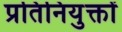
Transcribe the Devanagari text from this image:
प्रतिनियुक्तों